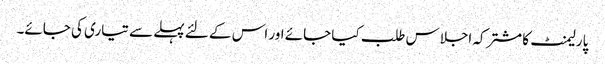
پارلیمنٹ کا مشترکہ اجلاس طلب کیا جائے اور اس کے لئے پہلے سے تیاری کی جائے۔